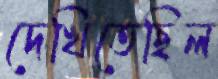
দেখিতেছিল